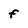
Character: f